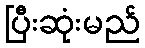
ပြီးဆုံးမည်